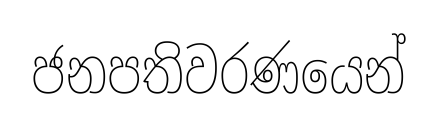
ජනපතිවරණයෙන්